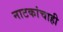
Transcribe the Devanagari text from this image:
नाटकांचाही